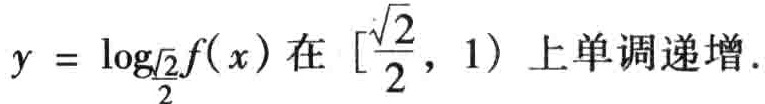
$y = \log_{\frac{\sqrt{2}}{2}}f(x)在[\frac{\sqrt{2}}{2},1)上单调递增.$